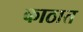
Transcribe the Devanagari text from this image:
काठात